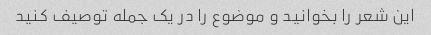
این شعر را بخوانید و موضوع را در یک جمله توصیف کنید